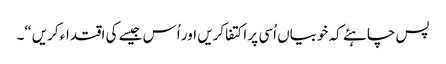
پس چاہئے کہ خوبیاں اُسی پر اکتفا کریں اور اُس جیسے کی اقتداء کریں“۔